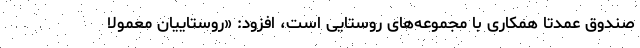
صندوق عمدتا همکاری با مجموعه‌های روستایی است، افزود: «روستاییان معمولا